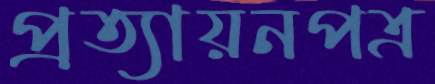
প্রত্যায়নপত্র